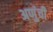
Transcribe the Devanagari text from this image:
अणुंची